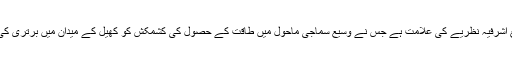
نوجوانوں میں تشدد کیسے ، ایک وسیع اشرفیہ نظریے کی علامت ہے جس نے وسیع سماجی ماحول میں طاقت کے حصول کی کشمکش کو کھیل کے میدان میں برتری کی مصنوعی جدوجہد میں ڈهال دیا ہے؟